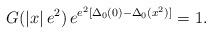
LaTeX: \begin{align*}G(\left|x\right|e^2)\,e^{e^2[\Delta_0(0) - \Delta_0(x^2)]} = 1.\end{align*}